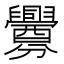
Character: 釁